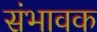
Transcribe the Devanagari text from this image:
संभावक